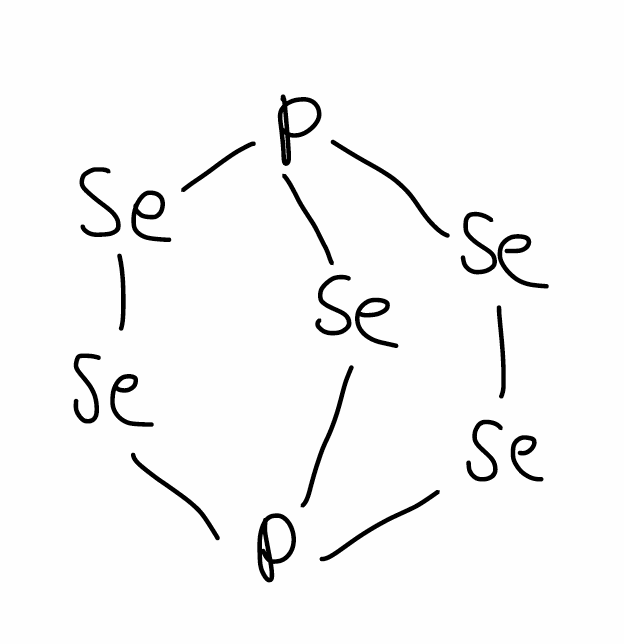
Simplified molecular-input line-entry system (SMILES) notation of the given molecule:
P12[Se]P([Se][Se]1)[Se][Se]2